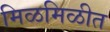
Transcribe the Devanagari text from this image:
मिळमिळीत